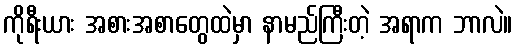
ကိုရီးယား အစားအစာတွေထဲမှာ နာမည်ကြီးတဲ့ အရာက ဘာလဲ။